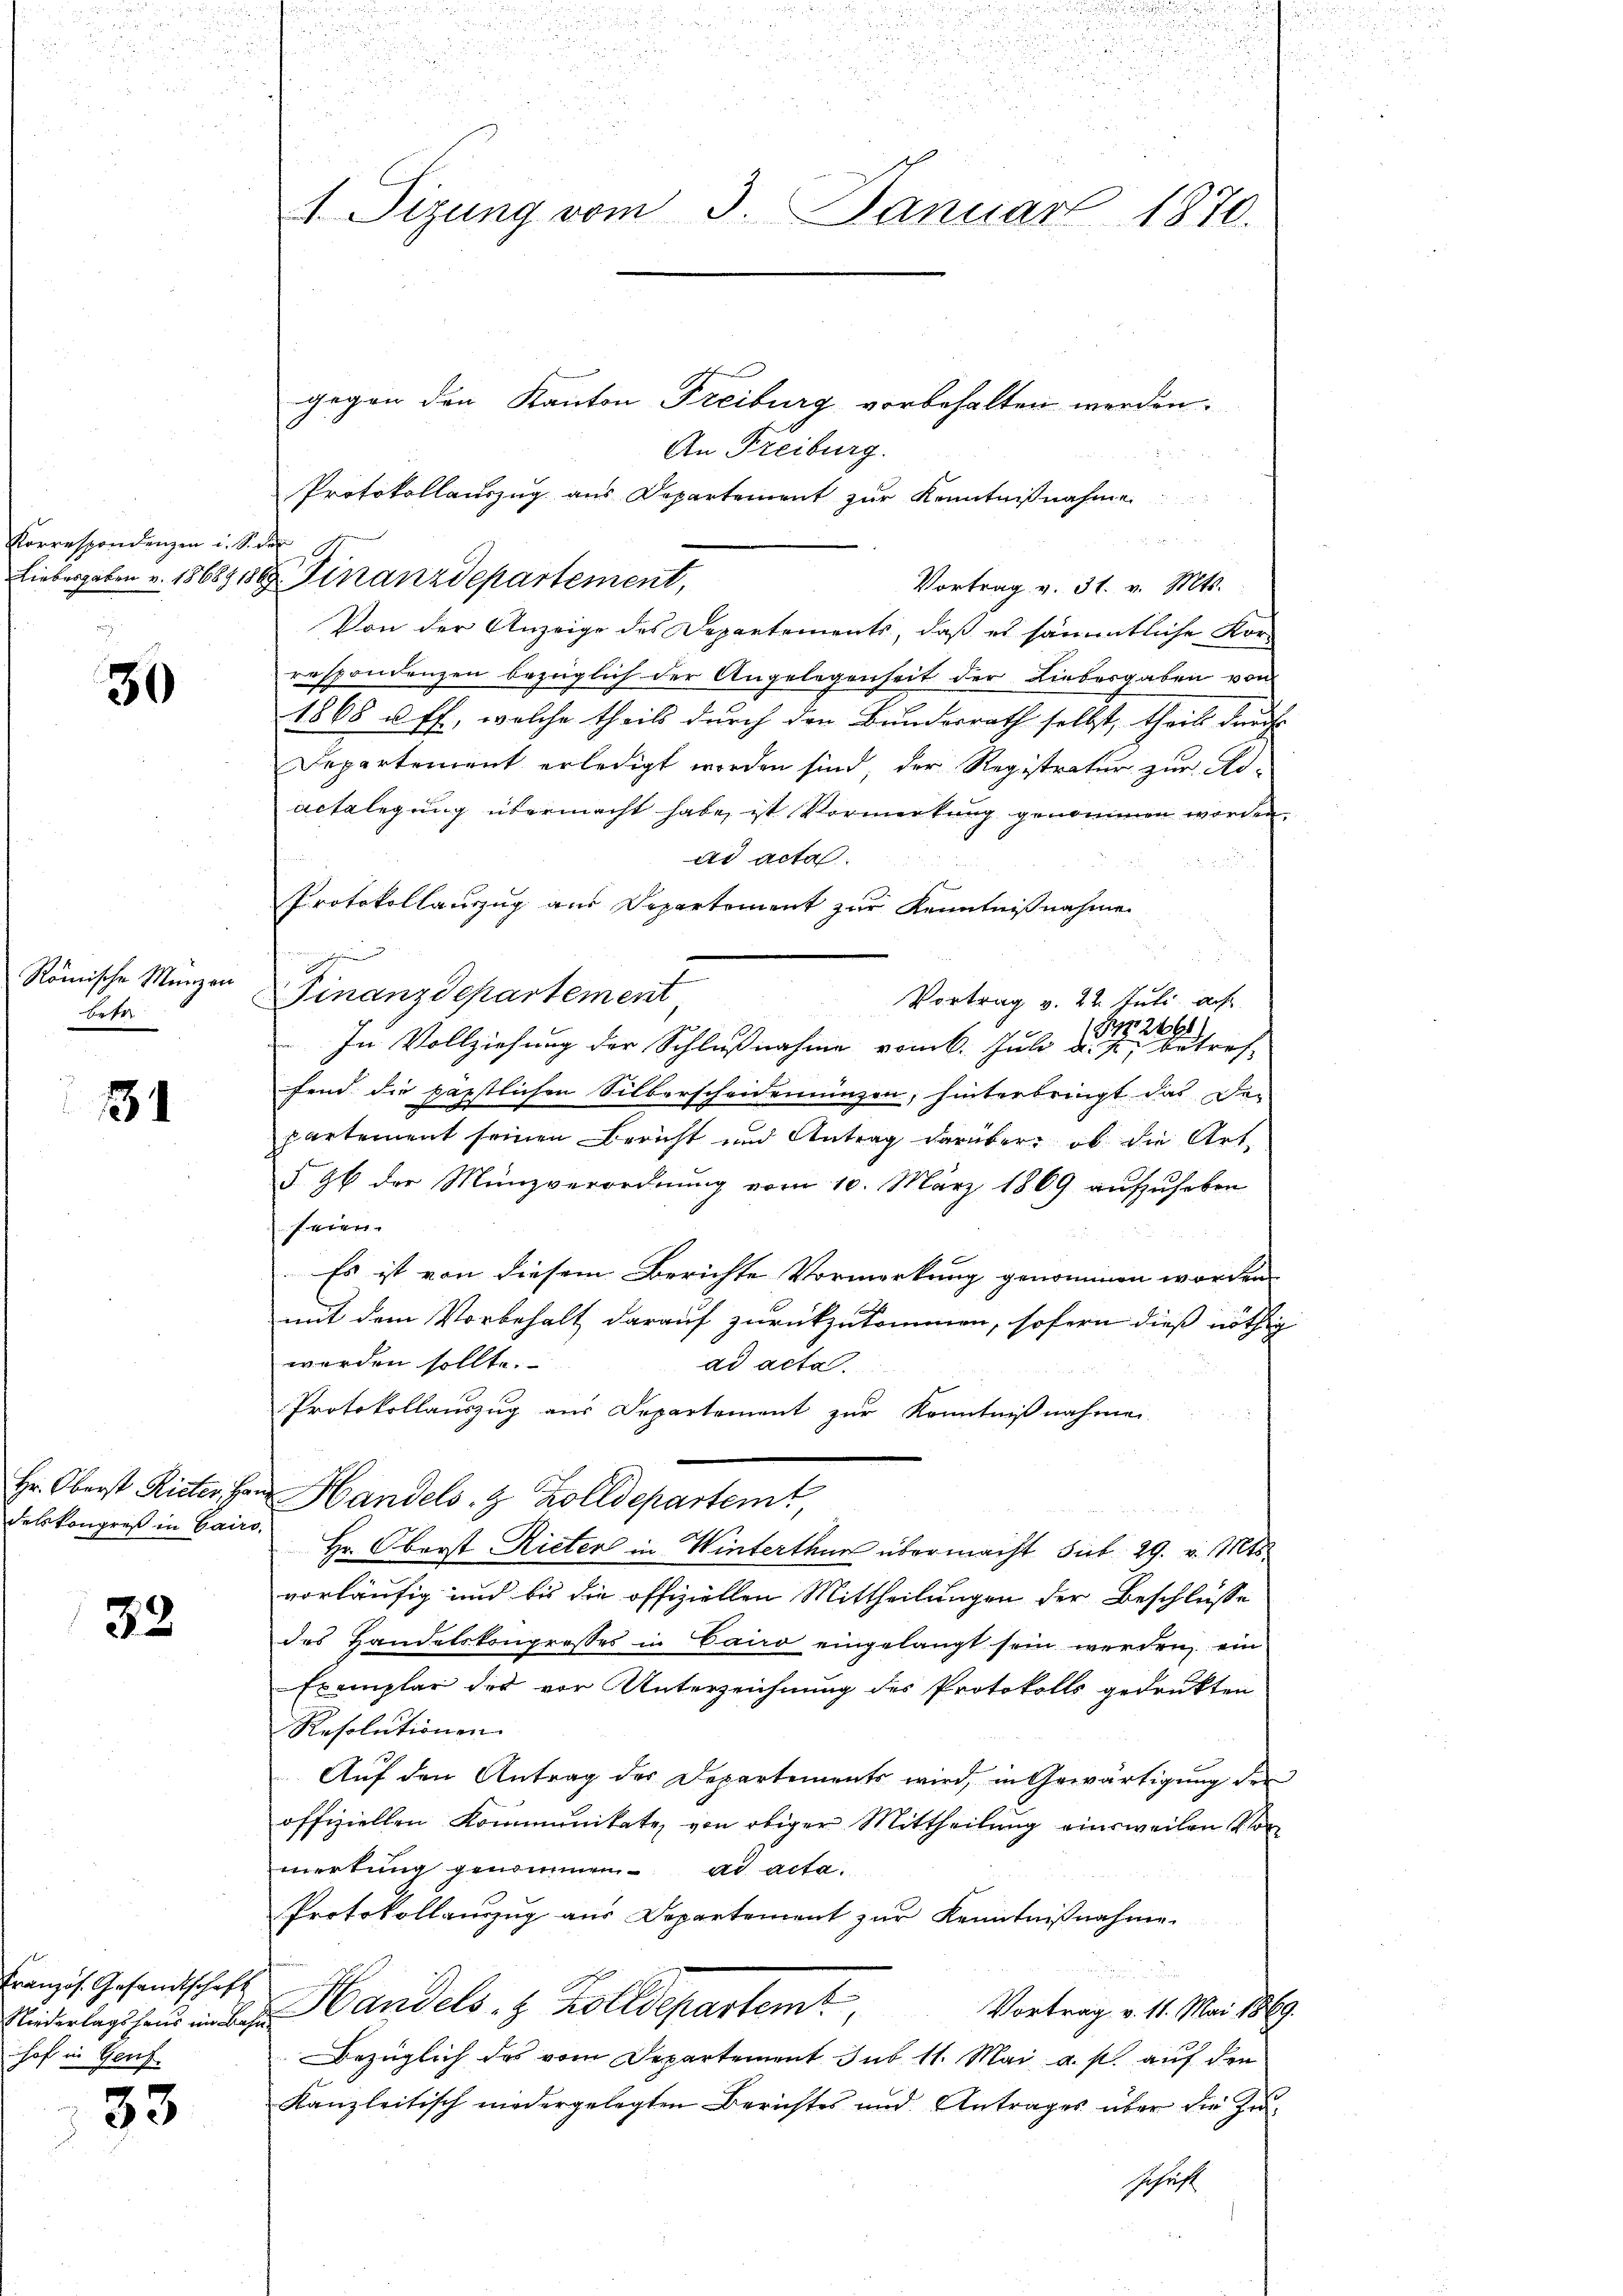
.
n

Korrespondenzen u. Si der

30

Römische Manzen
e

131

delskongreß in Gairs,

32.

Französ. Gesandtschaft
hof in Genf

33

n
u
5
2
1 Sizung vom 3. Januar 1870.

Von der Anzeige des Departements, daß es sämmtliche Korrespondenzen bezüglich der Angelegenheit der Liebesgaben von
1868 u. ff, welche theils durch den Bundesrath selbst, theils durch
Departement erledigt worden sind, der Registratur zur Adactelegung übermacht habe, ist Vormerkung genommen worden.
ad acta.
Protokollauszug aus Departement zur Kenntnißnahme
Finanzdepartement
Vortrag v. 22. Juli auf
(Pnr2461.
In Vollziehung der Schlußnahme vom 6. Juli d. J. betref-
fend die päpstlichen Silberscheidemünzen, hinterbringt das De-
partement seinen Bericht und Antrag darüber, ob die Art.
§ 96 der Münzverordnŭng vom 10. März 1869 aŭfzŭheben
fwen
Es ist von diesem Berichte Vormerkung genommen worden.
mit dem Vorbehalt darauf zurückzukommen, sofern dies nöthig
worden sollte.
ad acta.
.
Protokollauszug aus Departement zur Kenntnißnahmen.
Hr. Oberst Rieter han Handels- & Zolldepartemt
Hr. Oberst Rieter in Winterthur übermacht sub 29. v. Mts.
vorläufig und bis die offiziellen Mittheilungen der Beschlüsse
des Handelskongresses in Cairo eingelangt sein werden, ein
Exemplar der vor Unterzeichnung des Protokolls gedrukten
Resolutionen
Auf den Antrag des Departements wird, in Gewärtigung der
offiziellen Kommunikate von obiger Mittheilŭng einsweilen Vor
mirtung genommen. ad acta.
Protokollauszug aus Departement zur Kenntnißnahme.
Vortrag v. 11. Mai 1869.
Niderlegen und Handels. z. Kolldepartemt,
Bezüglich des vom Departement sub 11. Mai a. p. auf den
Kanzleitisch niedergelegten Berichtes und Antrages über die Zuschaft

gegen den Kanton Freiburg vorbehalten werden.
An Freiburg.
Protokollauszug aus Departement zur Kenntnißnahme
n
Liebesgaben u. 18689, 1889. Finanzdepartement,
Vortrag v. 31. v. Mts.

5